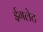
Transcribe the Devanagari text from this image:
ईगलेट